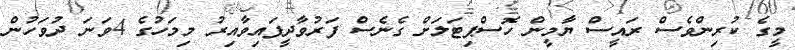
މީގެ ކުރިންވެސް ރައީސް ޔާމީން ހޮސްޕިޓަލަށް ގެެނެސް ފަރުވާދީފައިވާއިރު މިމަހުގެ 4ވަނަ ދުވަހުން